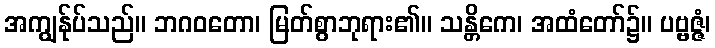
အကျွန်ုပ်သည်။ ဘဂဝတော၊ မြတ်စွာဘုရား၏။ သန္တိကေ၊ အထံတော်၌။ ပဗ္ဗဇ္ဇံ၊